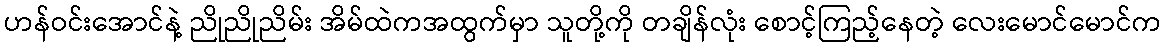
ဟန်ဝင်းအောင်နဲ့ ညိုညိုညိမ်း အိမ်ထဲကအထွက်မှာ သူတို့ကို တချိန်လုံး စောင့်ကြည့်နေတဲ့ လေးမောင်မောင်က